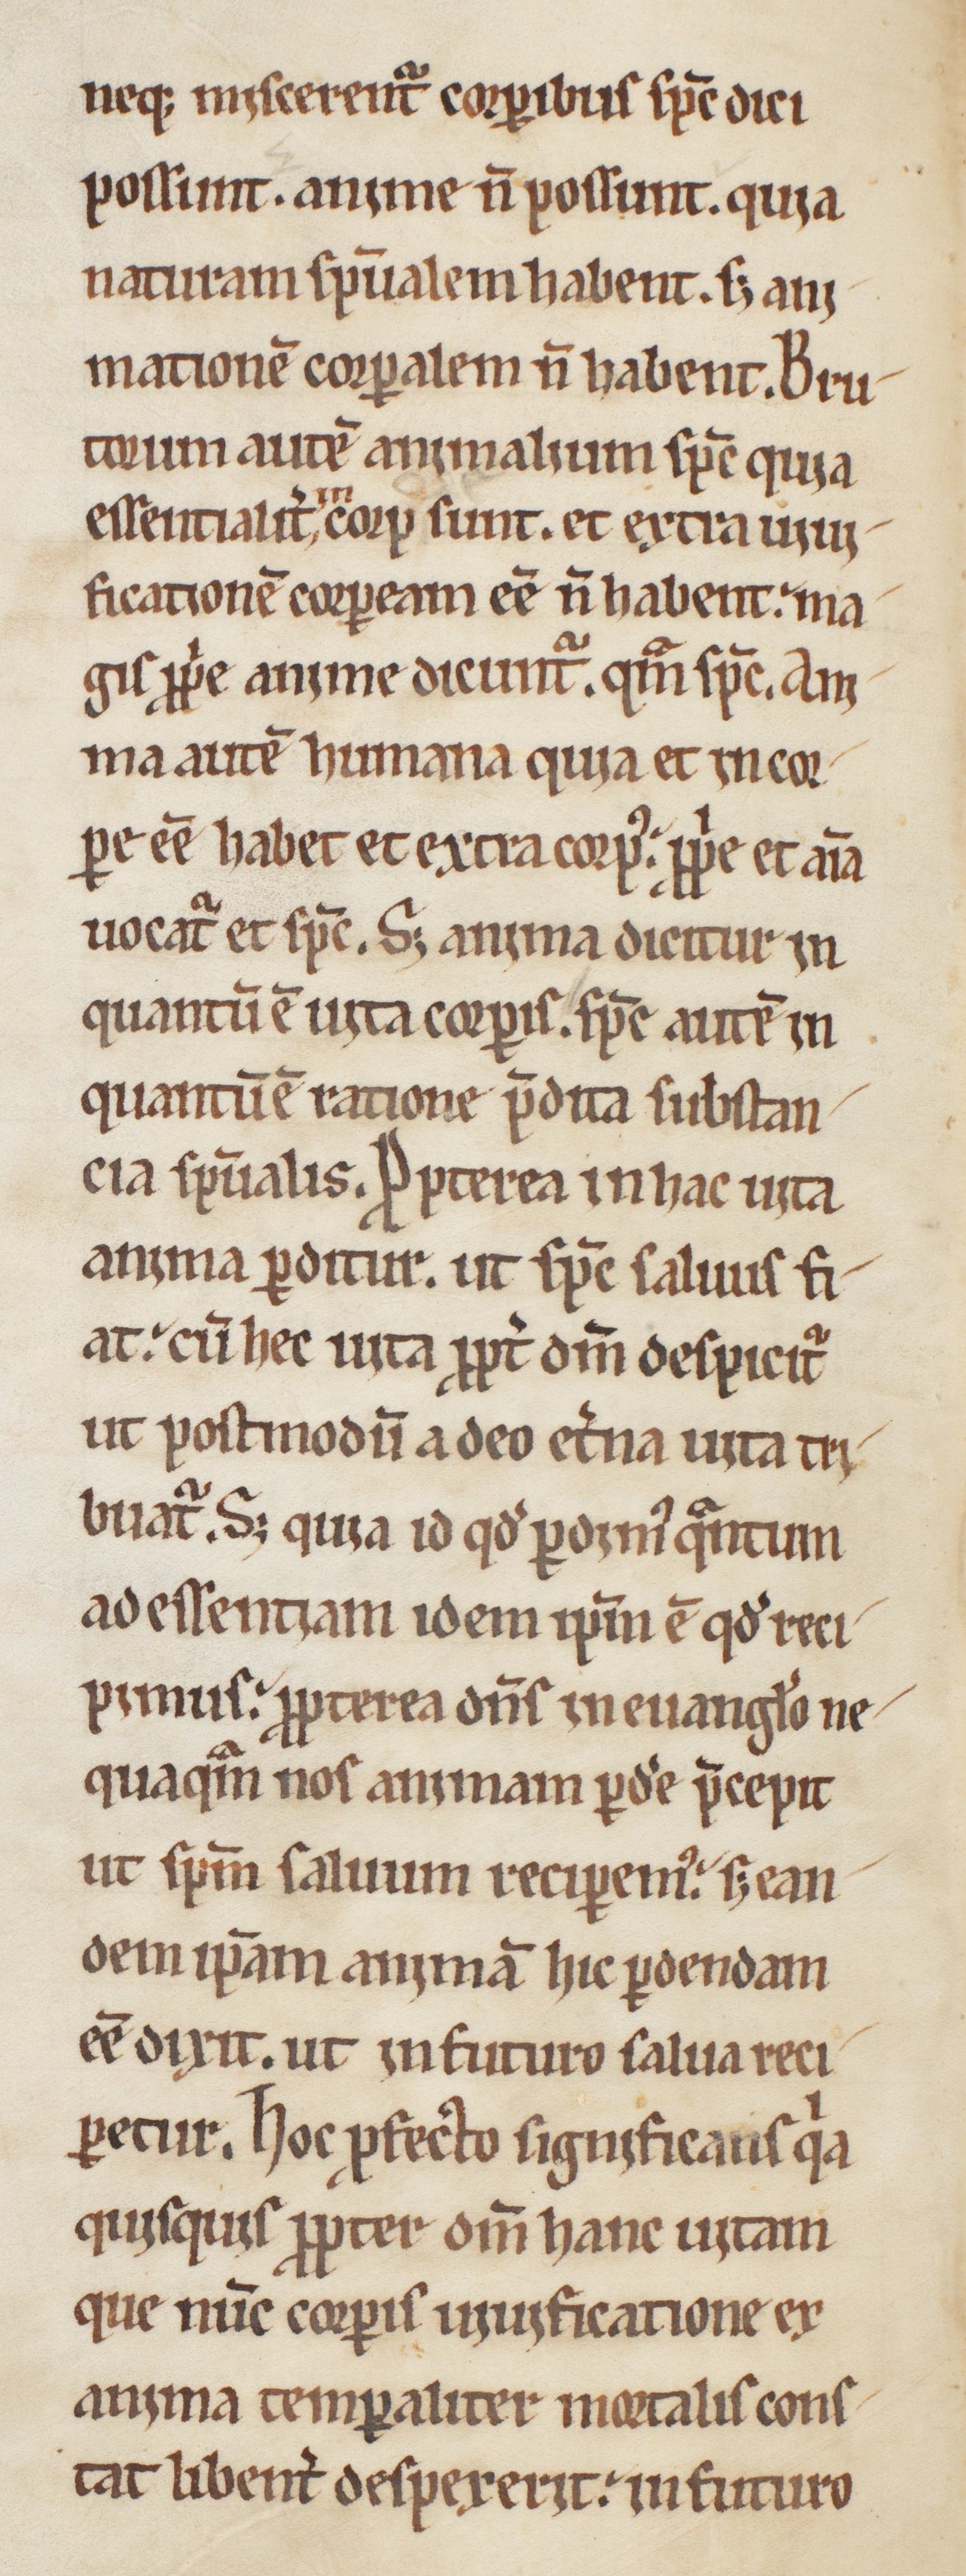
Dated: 1200–1230